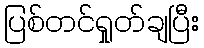
ပြစ်တင်ရှုတ်ချပြီး